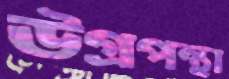
উগ্রপন্থা